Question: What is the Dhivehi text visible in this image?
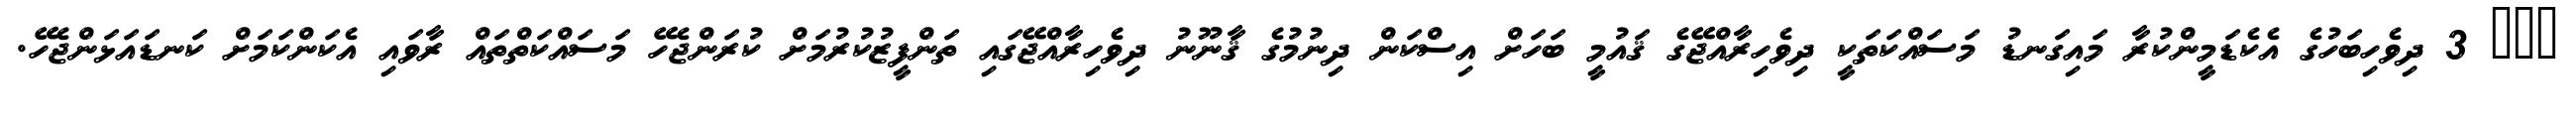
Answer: ??? 3 ދިވެހިބަހުގެ އެކެޑަމީންކުރާ މައިގަނޑު މަސައްކަތަކީ ދިވެހިރާއްޖޭގެ ޤައުމީ ބަހަށް އިސްކަން ދިނުމުގެ ޤާނޫނު ދިވެހިރާއްޖޭގައި ތަންފީޒުކުރުމަށް ކުރަންޖެހޭ މަސައްކަތްތައް ރާވައި އެކަންކަމަށް ކަނޑައަޅަންޖެހޭ.